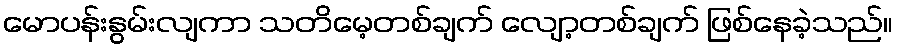
မောပန်းနွမ်းလျကာ သတိမေ့တစ်ချက် လျော့တစ်ချက် ဖြစ်နေခဲ့သည်။